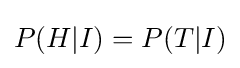
P(H|I)=P(T|I)